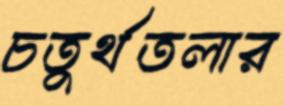
চতুর্থতলার